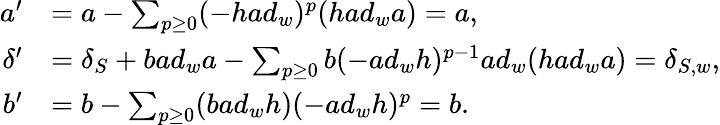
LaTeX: \begin{array}{rl}{a^{\prime}}&{=a-\sum_{p\geq 0}(-had_{w})^{p}(had_{w}a)=a,}\\ {\delta^{\prime}}&{=\delta_{S}+bad_{w}a-\sum_{p\geq 0}b(-ad_{w}h)^{p-1}ad_{w}(had_{w}a)=\delta_{S,w},}\\ {b^{\prime}}&{=b-\sum_{p\geq 0}(bad_{w}h)(-ad_{w}h)^{p}=b.}\end{array}